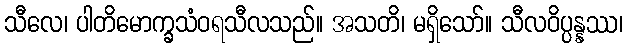
သီလေ၊ ပါတိမောက္ခသံဝရသီလသည်။ အသတိ၊ မရှိသော်။ သီလဝိပ္ပန္နဿ၊